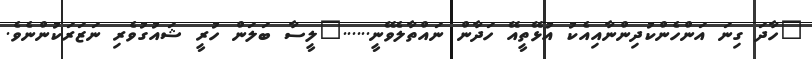
"ހާދަ ގިނަ އަންހެންކުދިންނާއިއެކު އުޅޭތީއޭ ހަދާން ނައްތާލެވޭނީ......"ލީސާ ބަލަން ހުރީ ޝައުގުވެރި ނަޒަރަކުންނެވެ.